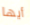
أيها